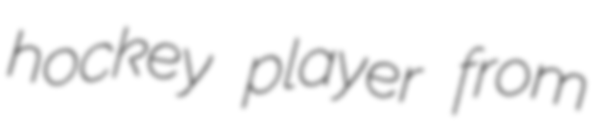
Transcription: hockey player from